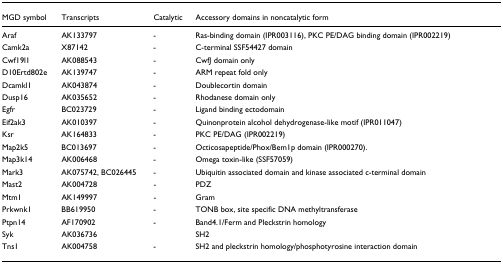
| MGD symbol | Transcripts | Catalytic | Accessory domains in noncatalytic form |
 | --- | --- | --- | --- |
 | Araf | AK133797 | - | Ras-binding domain (IPR003116), PKC PE/DAG binding domain (IPR002219) |
 | Camk2a | X87142 | - | C-terminal SSF54427 domain |
 | Cwf19l1 | AK088543 | - | CwfJ domain only |
 | D10Ertd802e | AK139747 | - | ARM repeat fold only |
 | Dcamkl1 | AK043874 | - | Doublecortin domain |
 | Dusp16 | AK035652 | - | Rhodanese domain only |
 | Egfr | BC023729 | - | Ligand binding ectodomain |
 | Eif2ak3 | AK010397 | - | Quinonprotein alcohol dehydrogenase-like motif (IPR011047) |
 | Ksr | AK164833 | - | PKC PE/DAG (IPR002219) |
 | Map2k5 | BC013697 | - | Octicosapeptide/Phox/Bem1p domain (IPR000270). |
 | Map3k14 | AK006468 | - | Omega toxin-like (SSF57059) |
 | Mark3 | AK075742, BC026445 | - | Ubiquitin associated domain and kinase associated c-terminal domain |
 | Mast2 | AK004728 | - | PDZ |
 | Mtm1 | AK149997 | - | Gram |
 | Prkwnk1 | BB619950 | - | TONB box, site specific DNA methyltransferase |
 | Ptpn14 | AF170902 | - | Band4.1/Ferm and Pleckstrin homology |
 | Syk | AK036736 |  | SH2 |
 | Tns1 | AK004758 | - | SH2 and pleckstrin homology/phosphotyrosine interaction domain |